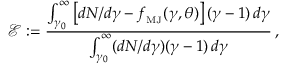
\mathcal { E } : = \frac { \int _ { \gamma _ { 0 } } ^ { \infty } \left[ { d N } / { d \gamma } - f _ { _ \mathrm { M J } } ( \gamma , \theta ) \right] ( \gamma - 1 ) \, d \gamma } { \int _ { \gamma _ { 0 } } ^ { \infty } ( { d N } / { d \gamma } ) ( \gamma - 1 ) \, d \gamma } \, ,